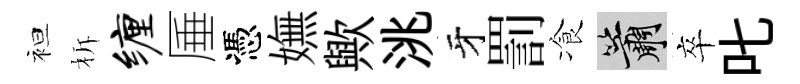
袒柝缠厜憑嫵歟洮牙罰飡簫卒叱